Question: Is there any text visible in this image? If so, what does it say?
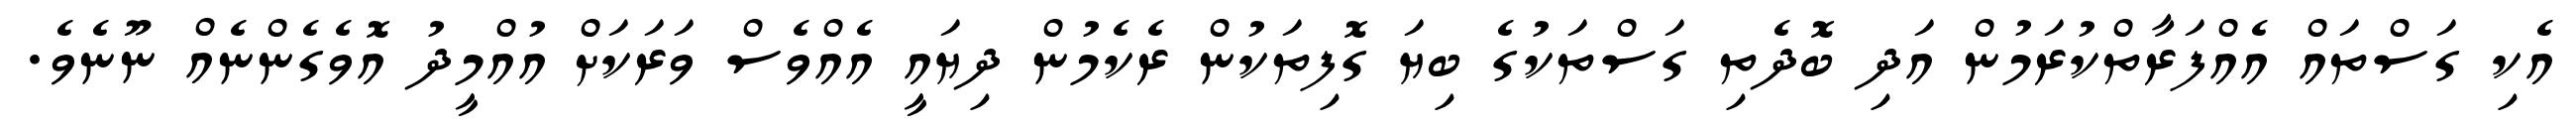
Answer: އެކި ގަސްތައް އެއްފަރާތްކުރަމުން އަދި ބޮދެތި ގަސްތަކުގެ ބިޔަ ގޮފިތަކުން ރެކެމުން ދިޔައީ އެއްވެސް ވަރަކަށް އުއްމީދު އޮވެގެންނެއް ނޫނެވެ.